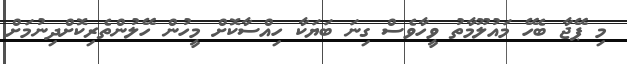
މި ޕޭޖާ ބެހޭ މައުލޫމާތު ވީހާވެސް ގިނަ ބަޔަކާ ހިއްސާކޮށް މީހުން ހޭލުންތެރިކޮށްދިނުމަށް